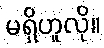
မရှိဟူလို။